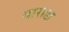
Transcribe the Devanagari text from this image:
याराडा